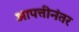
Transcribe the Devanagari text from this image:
आपत्तीनंतर